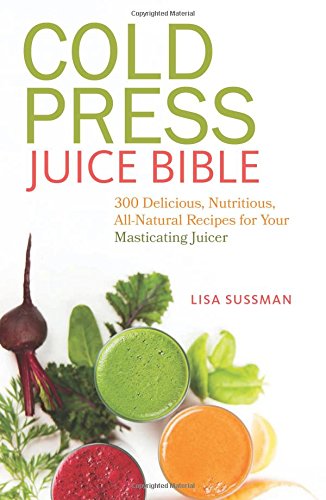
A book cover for Cold Press Juice Bible: 300 Delicious, Nutritious, All-Natural Recipes for Your Masticating Juicer; Lisa Sussman; Cookbooks, Food & Wine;